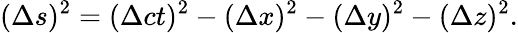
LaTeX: (\Delta s)^{2}=(\Delta ct)^{2}-(\Delta x)^{2}-(\Delta y)^{2}-(\Delta z)^{2}.